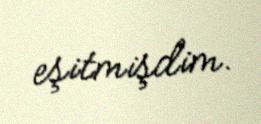
eşitmişdim.